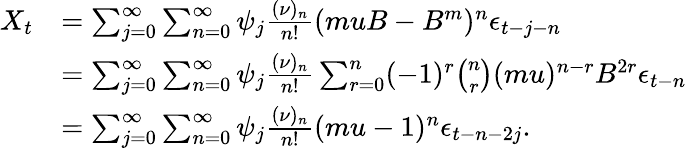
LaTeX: \begin{array}{rl}{X_{t}}&{=\sum_{j=0}^{\infty}\sum_{n=0}^{\infty}\psi_{j}\frac{(\nu)_{n}}{n!}(muB-B^{m})^{n}\epsilon_{t-j-n}}\\ &{=\sum_{j=0}^{\infty}\sum_{n=0}^{\infty}\psi_{j}{\frac{(\nu)_{n}}{n!}}\sum_{r=0}^{n}(-1)^{r}\binom{n}{r}(mu)^{n-r}B^{2r}\epsilon_{t-n}}\\ &{=\sum_{j=0}^{\infty}\sum_{n=0}^{\infty}\psi_{j}{\frac{(\nu)_{n}}{n!}}(mu-1)^{n}\epsilon_{t-n-2j}.}\end{array}